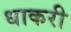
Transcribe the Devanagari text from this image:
धाकरी